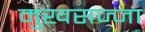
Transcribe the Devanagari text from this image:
मुखसज्जा